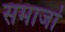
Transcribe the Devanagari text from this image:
समाजां